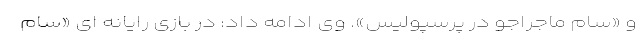
و «سام ماجراجو در پرسپولیس». وی ادامه داد: در بازی رایانه ای «سام